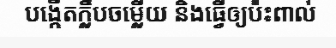
បង្កើតក្លឹបចម្លើយ និងធ្វើឲ្យប៉ះពាល់